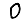
Digit: 0